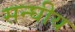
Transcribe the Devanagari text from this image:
सन्घीय